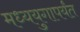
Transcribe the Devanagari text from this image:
मध्ययुगापर्यंत